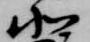
北